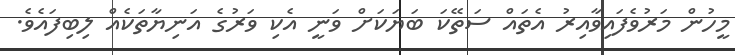
މީހުން މަރުވެފައިވާއިރު އެތައް ސަތޭކަ ބަޔަކަށް ވަނީ އެކި ވަރުގެ އަނިޔާތަކެއް ލިބިފައެވެ.